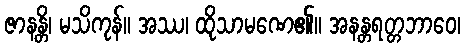
ဇာနန္တိ၊ မသိကုန်။ အဿ၊ ထိုသာမဏေ၏။ အနန္တရတ္တဘာဝေ၊